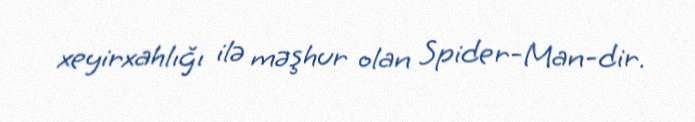
xeyirxahlığı ilə məşhur olan Spider-Man-dir.